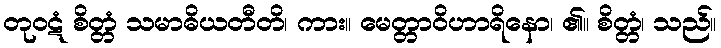
တုဝဋံ စိတ္တံ သမာဓိယတီတိ၊ ကား။ မေတ္တာဝိဟာရိနော၊ ၏။ စိတ္တံ၊ သည်။